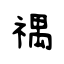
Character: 禑